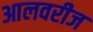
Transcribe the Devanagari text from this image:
आलवरीज